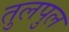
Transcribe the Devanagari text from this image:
तुलपुल